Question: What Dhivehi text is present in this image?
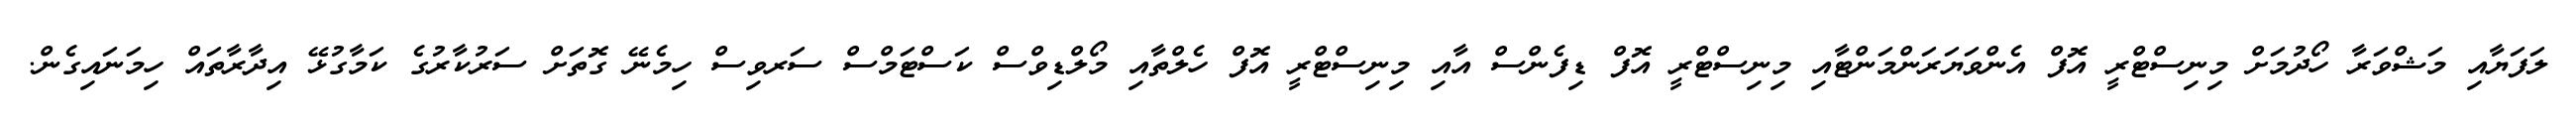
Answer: ލަފަޔާއި މަޝްވަރާ ހޯދުމަށް މިނިސްޓްރީ އޮފް އެންވަޔަރަންމަންޓާއި މިނިސްޓްރީ އޮފް ޑިފެންސް އާއި މިނިސްޓްރީ އޮފް ހެލްތާއި މޯލްޑިވްސް ކަސްޓަމްސް ސަރވިސް ހިމެނޭ ގޮތަށް ސަރުކާރުގެ ކަމާގުޅޭ އިދާރާތައް ހިމަނައިގެން.